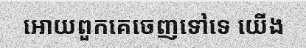
អោយពួកគេចេញទៅទេ យើង